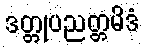
ဒတ္တုပညတ္တမိဒံ